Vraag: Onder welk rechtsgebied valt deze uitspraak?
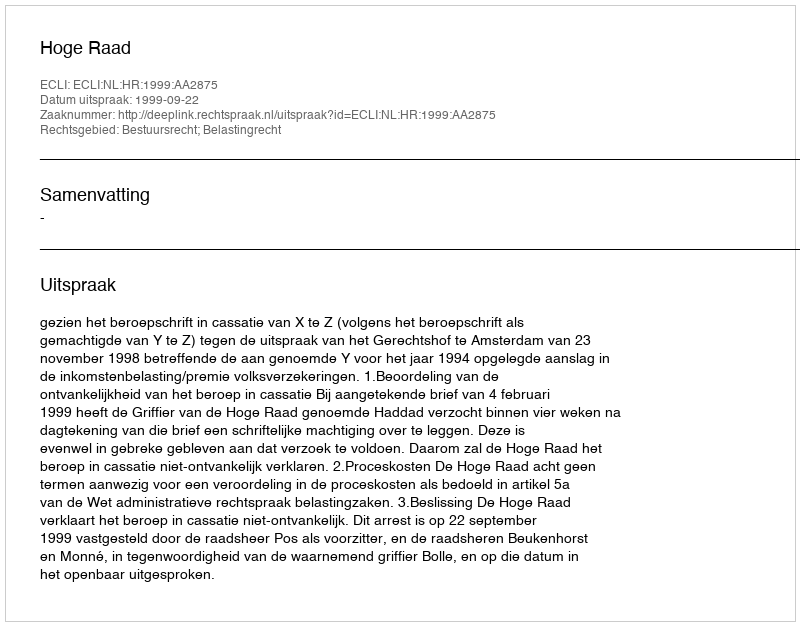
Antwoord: Bestuursrecht; Belastingrecht